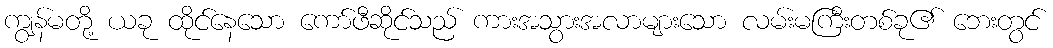
ကျွန်မတို့ ယခု ထိုင်နေသော ကော်ဖီဆိုင်သည် ကားအသွားအလာများသော လမ်းမကြီးတစ်ခု၏ ဘေးတွင်